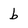
Character: b